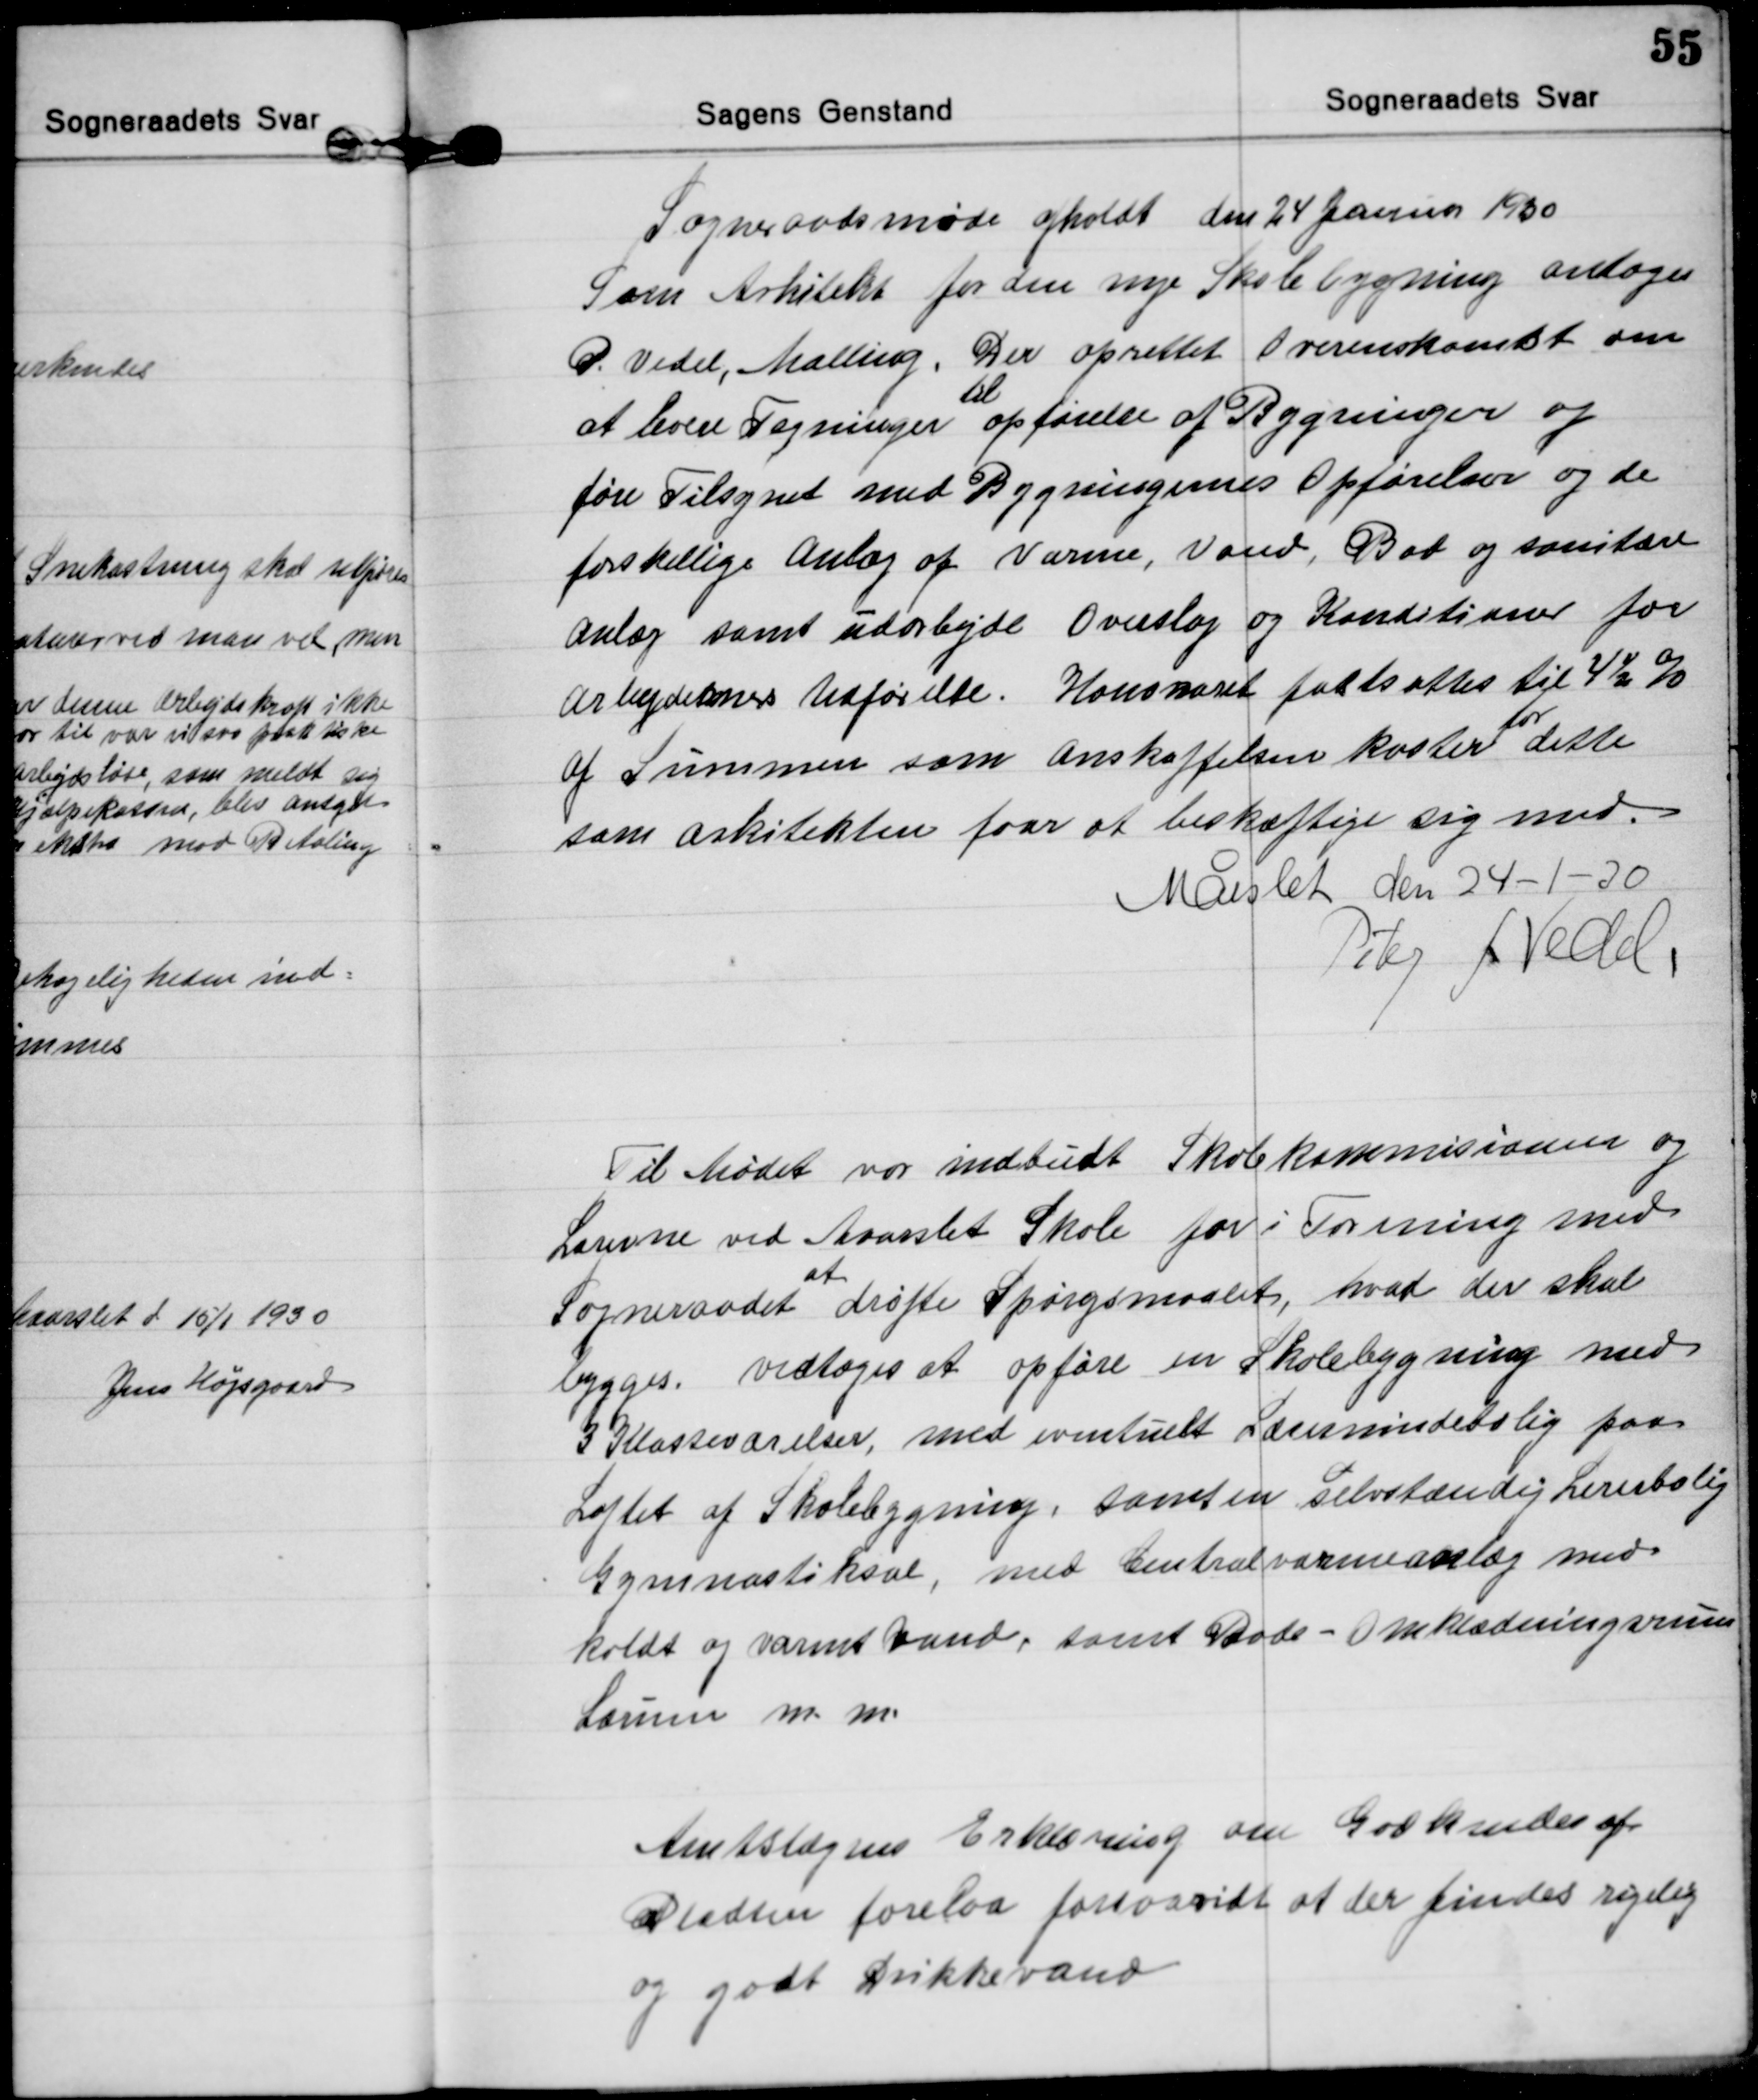
Transskription:
Sogneraadsmøde afholdt den 24 Januar 1930
Som Arkitekt for den nye Skolebygning antoges
P. Vedel, Malling. Der oprettet Overenskomst om
at levere Tegninger  
til
opførelse af Bygninger og
føre Tilsynet med Bygningernes Opførelser og de
forskellige Anlæg af Varme, Vand, Bad og sanitære
Anlæg samt udarbejde Overslag og Konditioner for
Arbejdernes Udførelse. Honoraret fastsættes til 4½ %
af Summen som Anskaffelsen koster 
for
dette
som arkitekten faar at beskæftige sig med.
Mårslet den 24-1-30
Peter f Vedel

Til Mødet var indbudt Skolekommisionen og
Lærerne ved Maarslet Skole for i Forening med
Sogneraadet 
at
drøfte Spørgsmaalet, hvad der skal
bygges. vedtoges at opføre en Skolebygning med
3 Klasseværelser, med eventuelt Lærerindebolig paa
Loftet af Skolebygning, samt en selvstændig Lærerbolig
Gymnastiksal, med Centralvarmeanlæg med
koldt og varmt Vand, samt Bade - Omklædningsrum
Lærum m.m.

Amtslægens Erklæring om Godkendes af
Pladsen forelaa forsaavidt at der findes rigelig
og godt Drikkevand